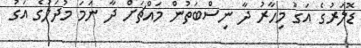
ޑޮލަރުގެ އަގު މިހާރު ދާ ނިސްބަތުން މައްޗަށް ދާ ނަމަ މުދަލުގެ އަގު